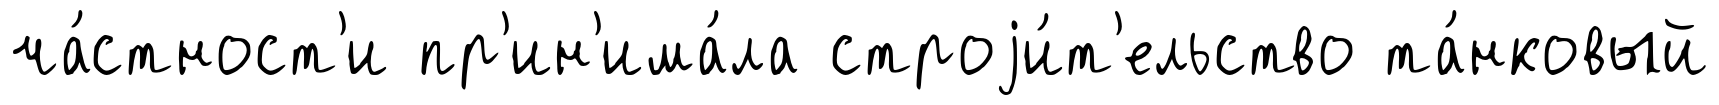
ча́стност'и пр'ин'има́ла строjи́т'ельство та́нковый